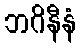
ဘဂိနီနံ